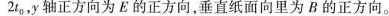
2t_{0}，y轴正方向为E的正方向，垂直纸面向里为B的正方向。